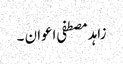
زاہد مصطفی اعوان ۔